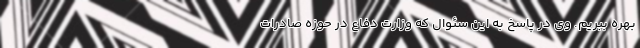
بهره ببریم.‌ وی در پاسخ به این سئوال که وزارت دفاع در حوزه صادرات